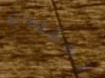
تعقيدات